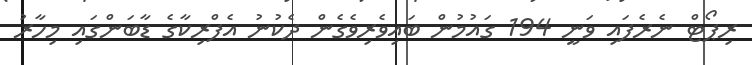
ރިޕޯޓް ނެރެފައި ވަނީ 194 ގައުމުން ބައިވެރިވެގެން ދެކުނު އެފްރިކާގެ ޑާބަންގައި މިހާރު